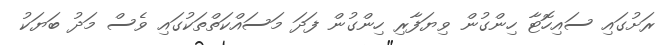
ރަށުގައި ސައިހޮޓާ ހިންގުން ވިޔަފާރި ހިންގުން ފަދަ މަސައްކަތްތަކުގައި ވެސް މަދު ބަޔަކު